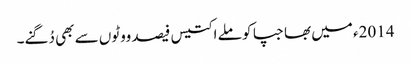
2014ء میں بھاجپا کو ملے اکتیس فیصد ووٹوں سے بھی دُگنے۔